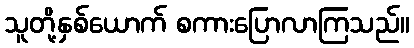
သူတို့နှစ်ယောက် စကားပြောလာကြသည်။